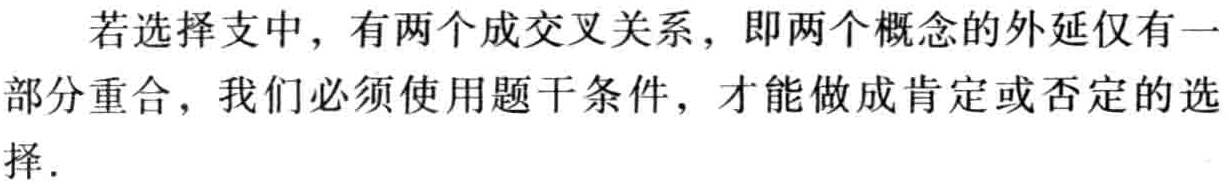
若选择支中，有两个成交叉关系，即两个概念的外延仅有一部分重合，我们必须使用题干条件，才能做成肯定或否定的选择.